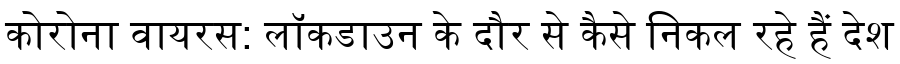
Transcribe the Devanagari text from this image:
कोरोना वायरस: लॉकडाउन के दौर से कैसे निकल रहे हैं देश